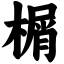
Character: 榍